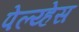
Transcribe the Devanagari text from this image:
पेल्य्हेस